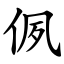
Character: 㑉